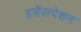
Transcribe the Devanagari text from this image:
इमैंसपेशन